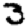
Digit: 3